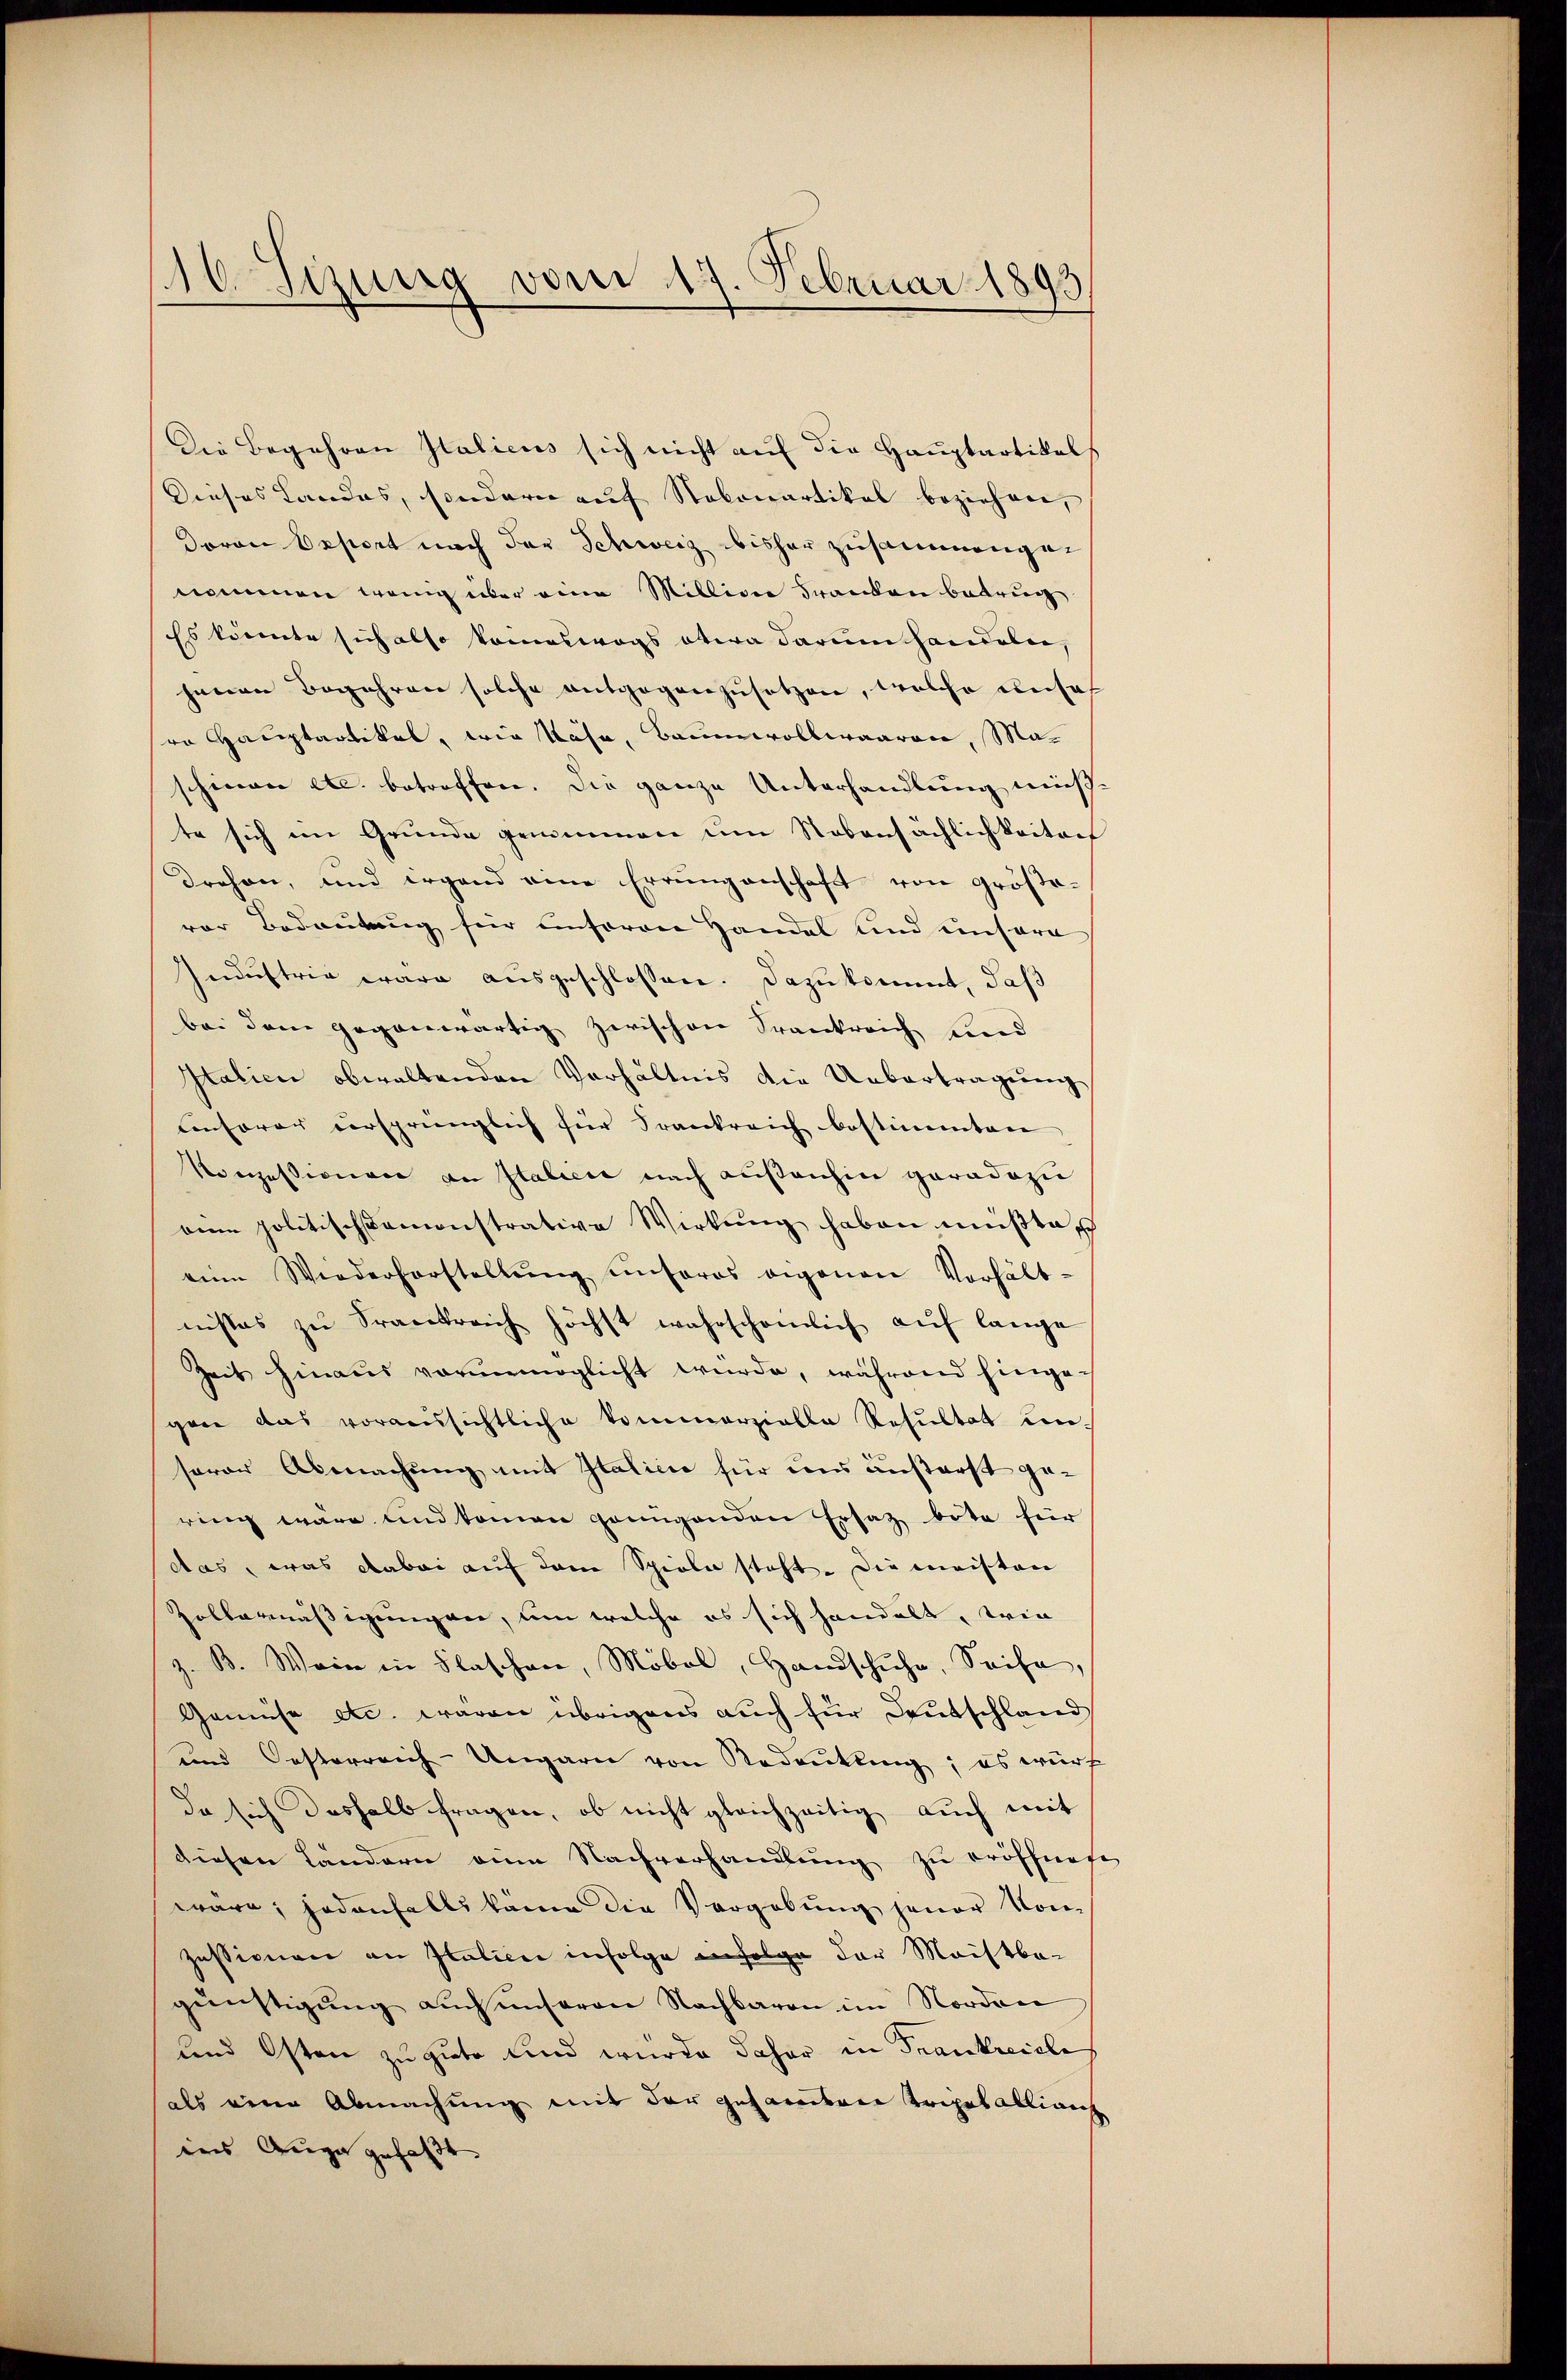
116. Sizung vom 17. Februar 1893

Die Begehren Italicus sich nicht auf die Hauptartikels
Dieses Landes, sondern auf Nakonartikal beziehen,
dovon Export nach der Schweiz bisher zusammengenommen wenig über eine Million Franken betrug
Es könnte sich also kommeswegs etwa darum handeln,
jenen Begehren solche entgegenzusetzen, welche unser
sro Hauptartikel, wie Käse, Baumwollwaaren, Maschinen etc. betroffen. Die ganze Unterhandlung müste sich im Gründe genommen ŭm Stobensächlichkeiten
Drehen, und irgend eine Errungenschaft von größe-
vor Bedeutung für unseren Handel und unsere
Industrie wäre ausgeschlossen. Dazu kommt, daß
bei dem gegenwärtig zwischen Frankreich und
Italien obwaltenden Verhältnis die Uebertragung
unserer versprünglich für Frankreich bestimmten |
Konzessionen an Italien nach ausanhin geradezu
eine politischkamonstrative Wirkung haben müßte
eine Wiederhorstellŭng ŭnteres eigenen Verhält-
nisses zŭ Frankreich höchst wahrscheinlich auf lange
Zeit hinaus verunmöglicht wurde, während hinge-
gen das voraussichtliche kommerzielle Resultat un
serer Abmachung mit Italicie für uns äußerst ge-
ring wäre und komen genügenden Ersatz bote für
das, was dabei auf dem Spiele steht. Die meisten
Zellermäßigungen, um welche es sich handelt, wie
z. B. Wein in Flaschen, Möbel, Handschuhe, Seife,
Gemüse etc. wären übrigens auch für Deutschland
und Oesterreich-Ungarn von Redenkling; es würf
da sich deshalb fragen, ob nicht gleichzeitig auch mit
diesen Ländern eine Nachverhandlŭng zŭ eröffnet
wäre, jedenfalls kam die Vergabŭng jener Kon-
zessionen an Italicie infolge infolge der Machtba-
günstigung auch unseren Nachbaren im Norden
und Osten zu gute und wurde daher in Frankreisle
als eine Abmachung mit der gesamten Tripetallians
ins Auge gefaßt. |